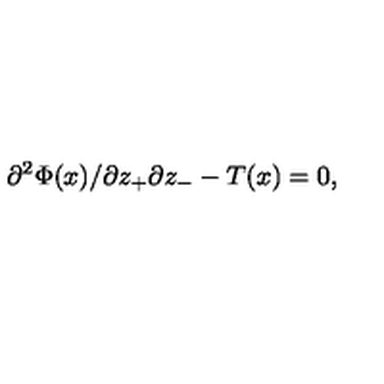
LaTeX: { { \partial ^ { 2 } \Phi ( x ) } / { \partial z _ { + } \partial z _ { - } } } - T ( x ) = 0 ,